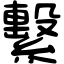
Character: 繫